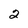
Character: 2